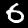
Label: 6